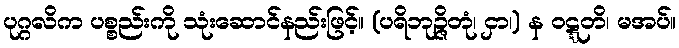
ပုဂ္ဂလိက ပစ္စည်းကို သုံးဆောင်နည်းဖြင့်။ (ပရိဘုဉ္ဇိတုံ၊ ငှာ၊) န ဝဋ္ဋတိ၊ မအပ်။